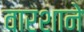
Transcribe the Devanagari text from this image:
वारशाने